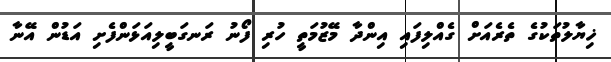
ޚިޔާލުތަކުގެ ތެރެއަށް ގެއްލިފައި އިންދާ މޭޒުމަތީ ހުރި ފޯނު ރަނގަބީލިއަޅަންފެށި އަޑުން އޭނާ